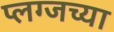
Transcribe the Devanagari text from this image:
प्लग्जच्या